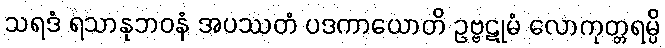
သရဒံ ရသာနုဘဝနံ အပဿတံ ပဒကာယောတိ ဥဗ္ဗဋုမံ လောကုတ္တရမ္ပိ